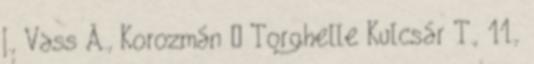
J., Vass Á., Korozmán – Torghelle Kulcsár T., 11.,